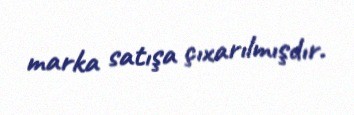
marka satışa çıxarılmışdır.